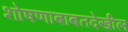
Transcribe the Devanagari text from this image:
शोषणाबाबतदेखील